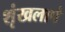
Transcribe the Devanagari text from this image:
शृंखलापं